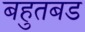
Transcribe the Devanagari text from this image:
बहुतबड